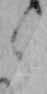
く